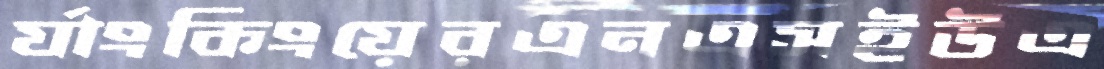
র‍্যাংকিংয়েরএনএসইউএ